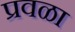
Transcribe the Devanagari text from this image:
प्रवळा